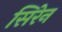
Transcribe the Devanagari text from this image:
सिरेन